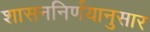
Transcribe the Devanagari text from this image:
शासननिर्णयानुसार